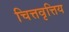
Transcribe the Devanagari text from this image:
चित्तवृत्तिय